Notes on the propagation and cultivation of the medicinal cinchonas, or Peruvian bark trees
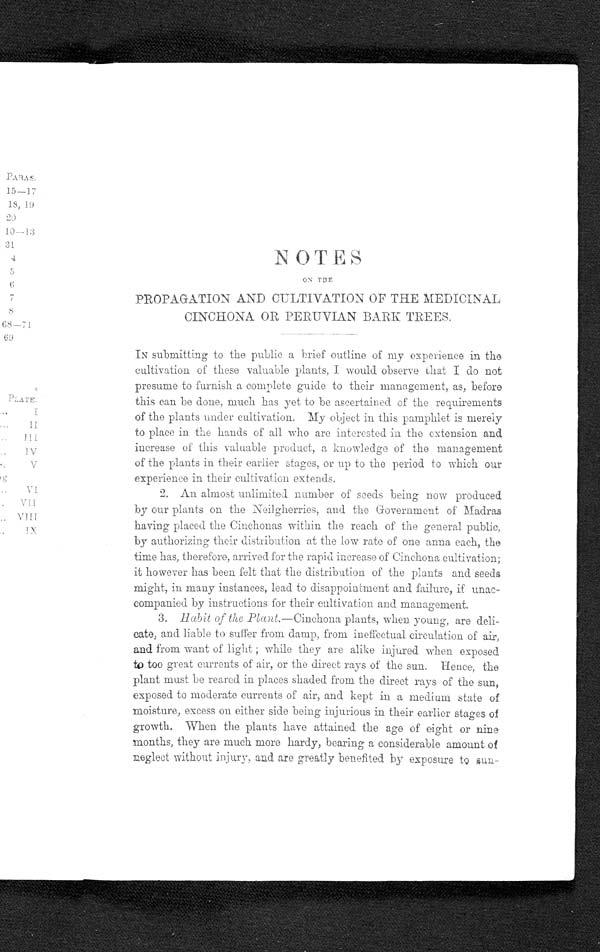
NOTES
ON THE
PROPAGATION AND CULTIVATION OF THE MEDICINAL
CINCHONA OR PERUVIAN BARK TREES.
IN submitting to the public a brief outline of my experience in the
cultivation of these valuable plants, I would observe that I do not
presume to furnish a complete guide to their management, as, before
this can be done, much has yet to be ascertained of the requirements
of the plants under cultivation. My object in this pamphlet is merely
to place in the hands of all who are interested in the extension and
increase of this valuable product, a knowledge of the management
of the plants in their earlier stages, or up to the period to which our
experience in their cultivation extends.
2. An almost unlimited number of seeds being now produced
by our plants on the Neilgherries, and the Government of Madras
having placed the Cinchonas within the reach of the general public,
by authorizing their distribution at the low rate of one anna each, the
time has, therefore, arrived for the rapid increase of Cinchona cultivation;
it however has been felt that the distribution of the plants and seeds
might, in many instances, lead to disappointment and failure, if unac-
companied by instructions for their cultivation and management.
3. Habit of the Plant.—Cinchona plants, when young, are deli-
cate, and liable to suffer from damp, from ineffectual circulation of air,
and from want of light ; while they are alike injured when exposed
to too great currents of air, or the direct rays of the sun. Hence, the
plant must be reared in places shaded from the direct rays of the sun,
exposed to moderate currents of air, and kept in a medium state of
moisture, excess on either side being injurious in their earlier stages of
growth. When the plants have attained the ago of eight or nine
months, they are much more hardy, bearing a considerable amount of
neglect without injury, and are greatly benefited by exposure to sun-